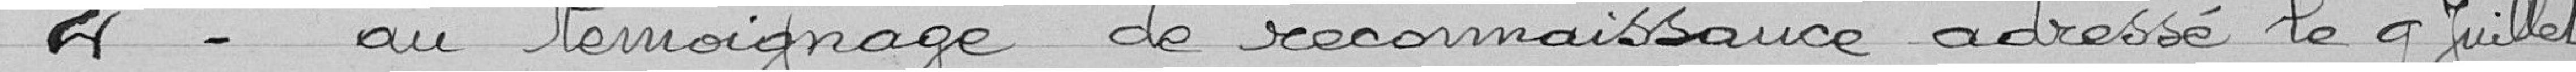
2° - au témoignage de reconnaissance adressé le 9 juillet